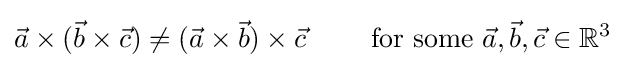
{\vec {a}}\times ({\vec {b}}\times {\vec {c}})\neq ({\vec {a}}\times {\vec {b}})\times {\vec {c}}\qquad {\mbox{ for some }}{\vec {a}},{\vec {b}},{\vec {c}}\in \mathbb {R} ^{3}